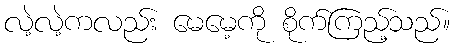
လဲ့လဲ့ကလည်း မေမေ့ကို စိုက်ကြည့်သည်။